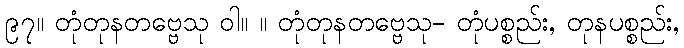
၉၇။ တုံတုနတဗ္ဗေသု ဝါ။ ။ တုံတုနတဗ္ဗေသု- တုံပစ္စည်း, တုနပစ္စည်း,